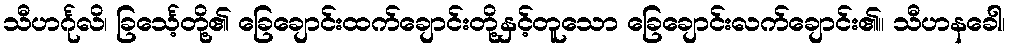
သီဟင်္ဂုလိ၊ ခြင်္သေ့တို့၏ ခြေချောင်းထက်ချောင်းတို့နှင့်တူသော ခြေချောင်းလက်ချောင်း၏။ သီဟနခေါ၊